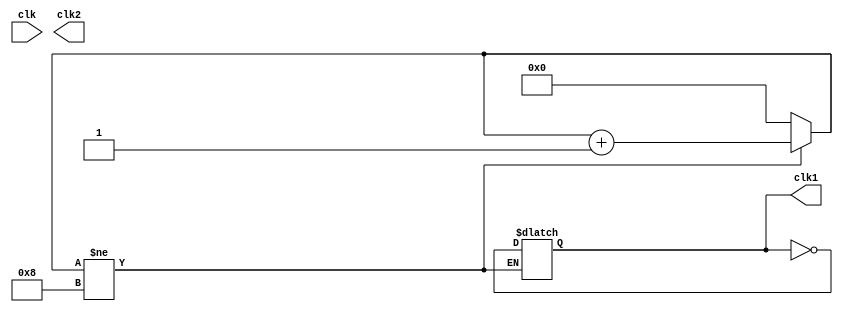
module clockDivide(
    input clk,
    output reg clk1,
    output reg clk2
    );

reg [3:0] counter1;

initial begin
	counter1=0;
	clk1=0;
	clk2=0;
	end
always @(clk)
	begin
	if(counter1!=4'd8)
		begin
		counter1=counter1+1'b1;
		end
	else
		begin
			counter1=0;
			clk1=!clk1;
		end
	end

always @(clk)
	begin
		clk2=!clk2;
	end
	
endmodule